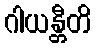
ဂါယန္တီတိ